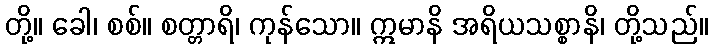
တို့။ ခေါ၊ စစ်။ စတ္တာရိ၊ ကုန်သော။ ဣမာနိ အရိယသစ္စာနိ၊ တို့သည်။